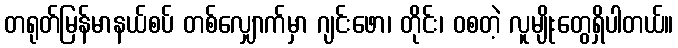
တရုတ်မြန်မာနယ်စပ် တစ်လျှောက်မှာ ဂျင်းဖော၊ တိုင်း၊ ဝစတဲ့ လူမျိုးတွေရှိပါတယ်။